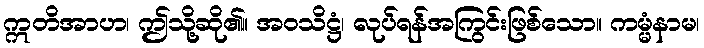
ဣတိအာဟ၊ ဤသို့ဆို၏။ အဝသိဋ္ဌံ၊ လုပ်ရန်အကြွင်းဖြစ်သော။ ကမ္မံနာမ၊